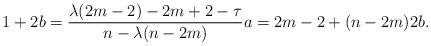
LaTeX: \begin{align*}1 + 2b = \frac{\lambda(2m-2)-2m+2-\tau}{n-\lambda(n-2m)}a = 2m-2+(n-2m)2b.\end{align*}